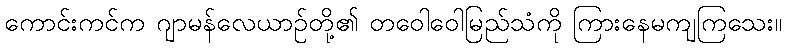
ကောင်းကင်က ဂျာမန်လေယာဉ်တို့၏ တဝေါဝေါမြည်သံကို ကြားနေမကျကြသေး။